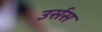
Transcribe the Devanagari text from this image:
उर्सस